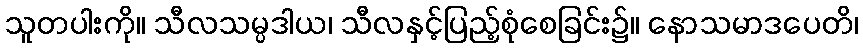
သူတပါးကို။ သီလသမ္ပဒါယ၊ သီလနှင့်ပြည့်စုံစေခြင်း၌။ နောသမာဒပေတိ၊